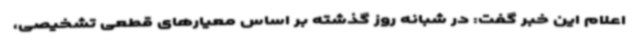
اعلام این خبر گفت: در شبانه روز گذشته بر اساس معیارهای قطعی تشخیصی،